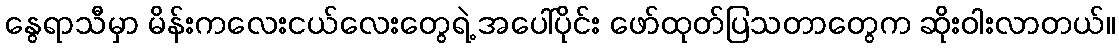
နွေရာသီမှာ မိန်းကလေးငယ်လေးတွေရဲ့ အပေါ်ပိုင်း ဖော်ထုတ်ပြသတာတွေက ဆိုးဝါးလာတယ်။